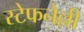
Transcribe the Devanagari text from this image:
स्टेफनेल्ली